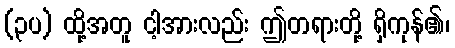
(၃ပ) ထို့အတူ ငါ့အားလည်း ဤတရားတို့ ရှိကုန်၏၊